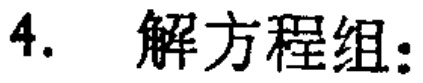
4. 解方程组：